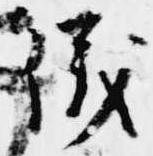
儀